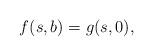
LaTeX: \begin{align*} f(s,b)=g(s,0),\end{align*}